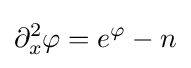
\partial _{x}^{2}\varphi =e^{\varphi }-n